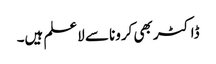
ڈاکٹر بھی کرونا سے لاعلم ہیں۔